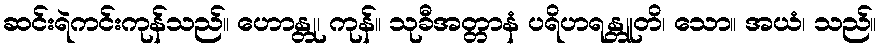
ဆင်းရဲကင်းကုန်သည်။ ဟောန္တု၊ ကုန်။ သုခီအတ္တာနံ ပရိဟရန္တူတိ၊ သော။ အယံ၊ သည်။